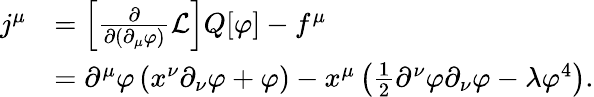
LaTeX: {\begin{array}{rl}{j^{\mu}}&{=\left[{\frac{\partial}{\partial(\partial_{\mu}\varphi)}}{\mathcal{L}}\right]Q[\varphi]-f^{\mu}}\\ &{=\partial^{\mu}\varphi\left(x^{\nu}\partial_{\nu}\varphi+\varphi\right)-x^{\mu}\left({\frac{1}{2}}\partial^{\nu}\varphi\partial_{\nu}\varphi-\lambda\varphi^{4}\right).}\end{array}}